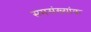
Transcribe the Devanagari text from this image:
समसंख्यांक